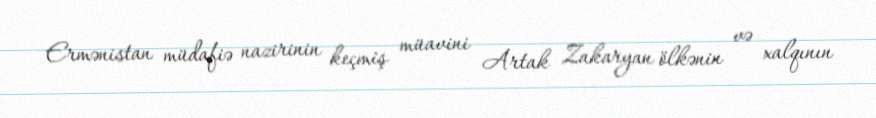
Ermənistan müdafiə nazirinin keçmiş müavini Artak Zakaryan ölkənin və xalqının